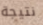
نتيجة